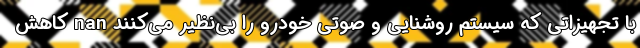
با تجهیزاتی که سیستم روشنایی و صوتی خودرو را بی‌نظیر می‌کنند nan کاهش